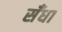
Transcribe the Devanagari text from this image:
सँधा